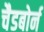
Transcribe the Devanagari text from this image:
चैडबोर्न